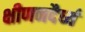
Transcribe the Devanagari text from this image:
क्षीणनदैर्ध्य